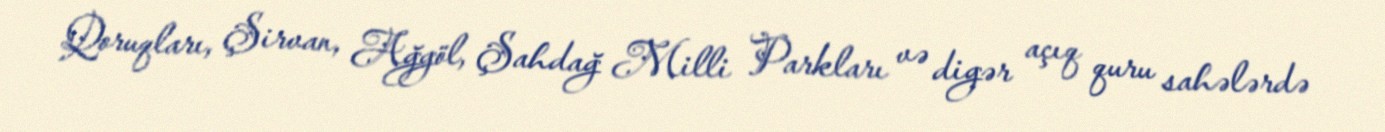
Qoruqları, Şirvan, Ağgöl, Şahdağ Milli Parkları və digər açıq quru sahələrdə